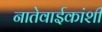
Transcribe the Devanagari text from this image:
नातेवाईकांशी